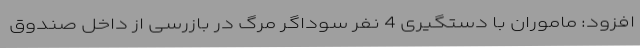
افزود: ماموران با دستگیری 4 نفر سوداگر مرگ در بازرسی از داخل صندوق